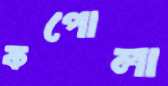
কপোলা